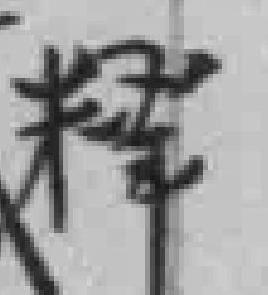
释